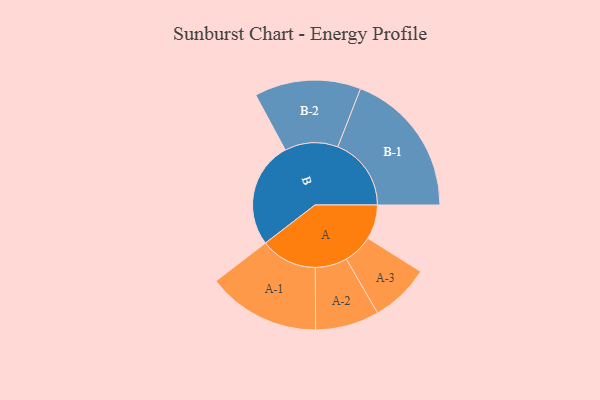
{"axis": {"x": "Segment", "y": "Value"}, "legend": ["", "A", "B"], "data": [{"x": "A", "y": 136, "type": ""}, {"x": "B", "y": 419, "type": ""}, {"x": "A-1", "y": 223, "type": "A"}, {"x": "A-2", "y": 126, "type": "A"}, {"x": "A-3", "y": 117, "type": "A"}, {"x": "B-1", "y": 290, "type": "B"}, {"x": "B-2", "y": 210, "type": "B"}]}